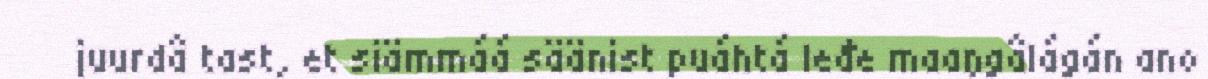
juurdâ tast, et siämmáá säänist puáhtá leđe maaŋgâlágán ano